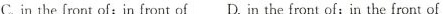
C.in the front of; in front of D. in the front of; in the front of